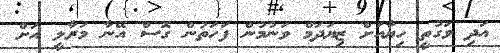
އަދި ވަގުތީ ހިޔާއަށް ޒިޔަދަމް ވަނުމުން ފަހަތުން ގޮސް އޭނާ މަރާލީ އަށް